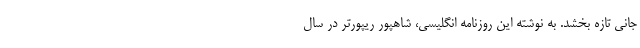
جانی تازه بخشد. به نوشته این روزنامه انگلیسی، شاهپور ریپورتر در سال